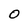
Character: O